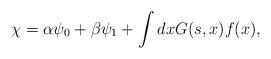
LaTeX: \begin{align*}\chi = \alpha \psi_{0} + \beta \psi_{1}+ \int dx G(s, x) f(x),\end{align*}